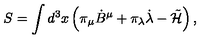
S = \int d ^ { 3 } x \left( \pi _ { \mu } { \dot { B } } ^ { \mu } + \pi _ { \lambda } { \dot { \lambda } } - \tilde { \cal H } \right) ,